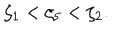
LaTeX: \zeta _ { 1 } < \zeta _ { 5 } < \zeta _ { 2 } .